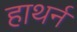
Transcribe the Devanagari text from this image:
हाथर्न